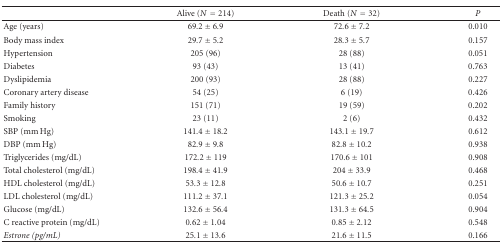
|  | Alive (N = 214) | Death (N = 32) | P |
 | --- | --- | --- | --- |
 | Age (years) | 69.2 ± 6.9 | 72.6 ± 7.2 | 0.010 |
 | Body mass index | 29.7 ± 5.2 | 28.3 ± 5.7 | 0.157 |
 | Hypertension | 205 (96) | 28 (88) | 0.051 |
 | Diabetes | 93 (43) | 13 (41) | 0.763 |
 | Dyslipidemia | 200 (93) | 28 (88) | 0.227 |
 | Coronary artery disease | 54 (25) | 6 (19) | 0.426 |
 | Family history | 151 (71) | 19 (59) | 0.202 |
 | Smoking | 23 (11) | 2 (6) | 0.432 |
 | SBP (mm Hg) | 141.4 ± 18.2 | 143.1 ± 19.7 | 0.612 |
 | DBP (mm Hg) | 82.9 ± 9.8 | 82.8 ± 10.2 | 0.938 |
 | Triglycerides (mg/dL) | 172.2 ± 119 | 170.6 ± 101 | 0.908 |
 | Total cholesterol (mg/dL) | 198.4 ± 41.9 | 204 ± 33.9 | 0.468 |
 | HDL cholesterol (mg/dL) | 53.3 ± 12.8 | 50.6 ± 10.7 | 0.251 |
 | LDL cholesterol (mg/dL) | 111.2 ± 37.1 | 121.3 ± 25.2 | 0.054 |
 | Glucose (mg/dL) | 132.6 ± 56.4 | 131.3 ± 64.5 | 0.904 |
 | C reactive protein (mg/dL) | 0.62 ± 1.04 | 0.85 ± 2.12 | 0.548 |
 | Estrone (pg/mL) | 25.1 ± 13.6 | 21.6 ± 11.5 | 0.166 |